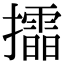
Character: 𢸲